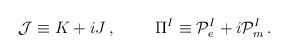
LaTeX: \begin{align*}{\cal J}\equiv K+iJ\, ,\hspace{1cm}\Pi^{I} \equiv {\cal P}_{e}^{I} + i{\cal P}_{m}^{I}\, .\end{align*}